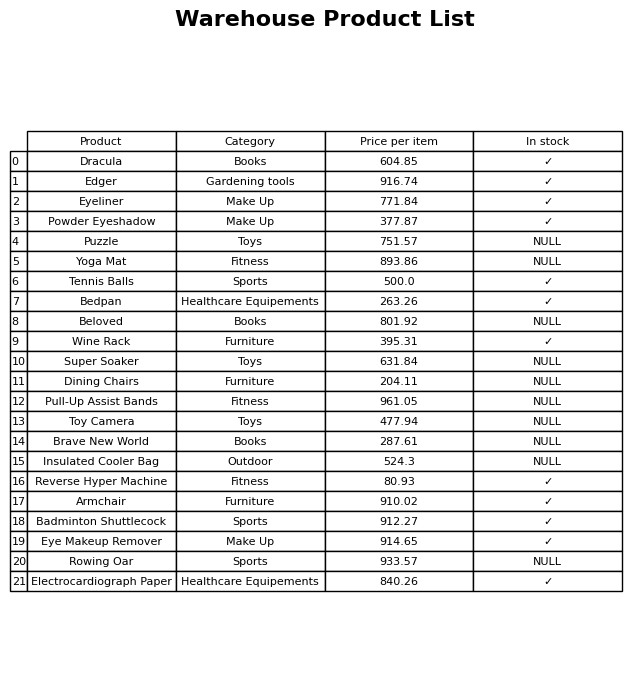
question: What is the price of the Dining Chairs?
answer: The price of Dining Chairs is 204.11.